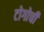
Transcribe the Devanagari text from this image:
टोगोची